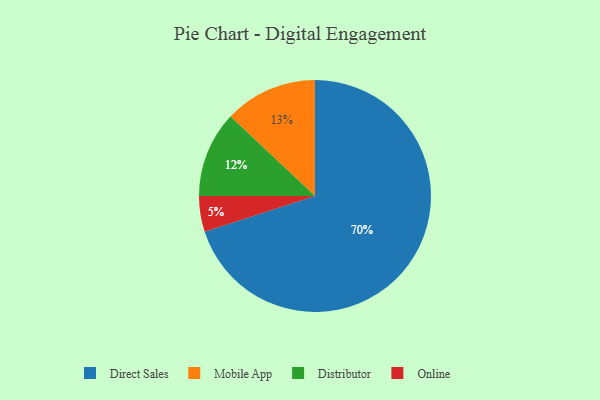
{"axis": {"x": "Category", "y": "Percentage"}, "legend": ["Direct Sales", "Distributor", "Mobile App", "Online"], "data": [{"x": "Distributor", "y": 12, "type": "Distributor"}, {"x": "Online", "y": 5, "type": "Online"}, {"x": "Mobile App", "y": 13, "type": "Mobile App"}, {"x": "Direct Sales", "y": 70, "type": "Direct Sales"}]}